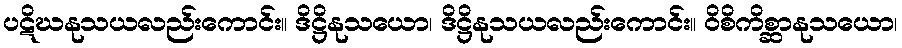
ပဋိဃနုသယလည်းကောင်း။ ဒိဋ္ဌိနုသယော၊ ဒိဋ္ဌိနုသယလည်းကောင်း။ ဝိစိကိစ္ဆာနုသယော၊